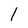
Character: l